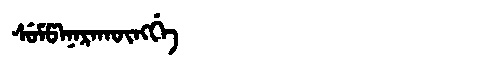
Manchu: ᠰᡠᠮᡦᠠᠨᠠᡵᠠᡴᡡᠩᡤᡝ
Romanization: SUMPANARAKŪNGGE